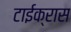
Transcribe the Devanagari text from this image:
टाईक्रास